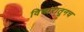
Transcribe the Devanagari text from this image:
विचारातूनच